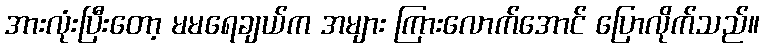
အားလုံးပြီးတော့ မမရေချယ်က အများ ကြားလောက်အောင် ပြောလိုက်သည်။